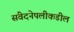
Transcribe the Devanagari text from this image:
संवेदनेपलीकडील